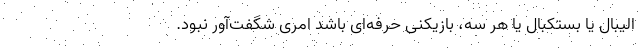
الیبال یا بستکبال یا هر سه، بازیکنی حرفه‌ای باشد امری شگفت‌آور نبود.